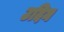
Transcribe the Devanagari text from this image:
उदिन